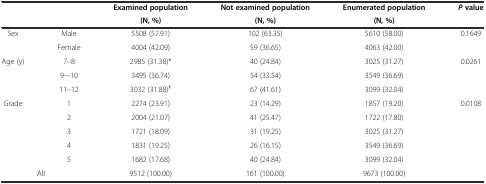
<table><thead><tr><td rowspan="2"></td><td rowspan="2"></td><td><b>Examined population</b></td><td><b>Not examined population</b></td><td><b>Enumerated population</b></td><td rowspan="2"><b><i>P</i>value</b></td></tr><tr><td><b>(N, %)</b></td><td><b>(N, %)</b></td><td><b>(N, %)</b></td></tr></thead><tbody><tr><td rowspan="2">Sex</td><td>Male</td><td>5508 (57.91)</td><td>102 (63.35)</td><td>5610 (58.00)</td><td rowspan="2">0.1649</td></tr><tr><td>Female</td><td>4004 (42.09)</td><td>59 (36.65)</td><td>4063 (42.00)</td></tr><tr><td rowspan="3">Age (y)</td><td>7–8</td><td>2985 (31.38)*</td><td>40 (24.84)</td><td>3025 (31.27)</td><td rowspan="3">0.0261</td></tr><tr><td>9-–10</td><td>3495 (36.74)</td><td>54 (33.54)</td><td>3549 (36.69)</td></tr><tr><td>11–12</td><td>3032 (31.88)<sup>†</sup></td><td>67 (41.61)</td><td>3099 (32.04)</td></tr><tr><td rowspan="5">Grade</td><td>1</td><td>2274 (23.91)</td><td>23 (14.29)</td><td>1857 (19.20)</td><td rowspan="5">0.0108</td></tr><tr><td>2</td><td>2004 (21.07)</td><td>41 (25.47)</td><td>1722 (17.80)</td></tr><tr><td>3</td><td>1721 (18.09)</td><td>31 (19.25)</td><td>3025 (31.27)</td></tr><tr><td>4</td><td>1831 (19.25)</td><td>26 (16.15)</td><td>3549 (36.69)</td></tr><tr><td>5</td><td>1682 (17.68)</td><td>40 (24.84)</td><td>3099 (32.04)</td></tr><tr><td colspan="2">All</td><td>9512 (100.00)</td><td>161 (100.00)</td><td>9673 (100.00)</td><td></td></tr></tbody></table>